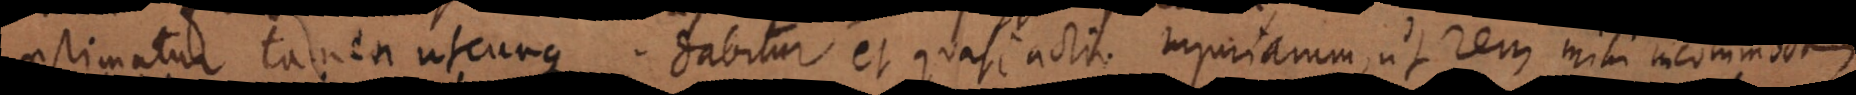
aestimatur tamen utcunque. Dabitur et quasi actio injuriarum, ut rem mihi inco